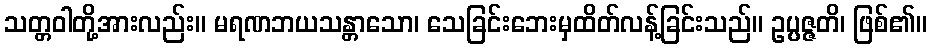
သတ္တဝါတို့အားလည်း။ မရဏဘယသန္တာသော၊ သေခြင်းဘေးမှထိတ်လန့်ခြင်းသည်။ ဥပ္ပဇ္ဇတိ၊ ဖြစ်၏။